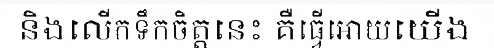
និងលើកទឹកចិត្តនេះ គឺធ្វើអោយយើង